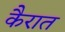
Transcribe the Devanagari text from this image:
कैरात